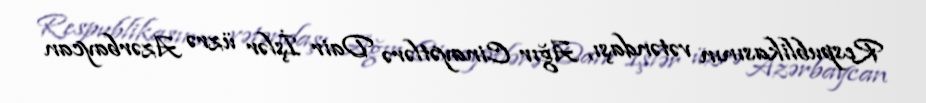
Respublikasının vətəndaşı, Ağır Cinayətlərə Dair İşlər üzrə Azərbaycan